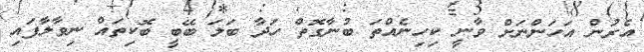
އެރުން އަހަންނަށް ވާނީ ކިހިނެއްތަ ބުނާގޮތް ހަދާ ބަލަ ބޭބީ ބޮކިތައް ނިވާލާފައި